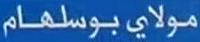
مولايبوسلهام